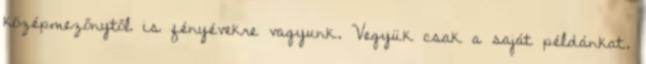
középmezőnytől is fényévekre vagyunk. Vegyük csak a saját példánkat.